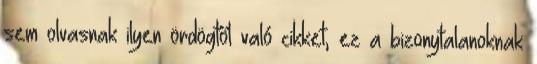
sem olvasnak ilyen ördögtől való cikket, ez a bizonytalanoknak